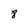
Character: 8